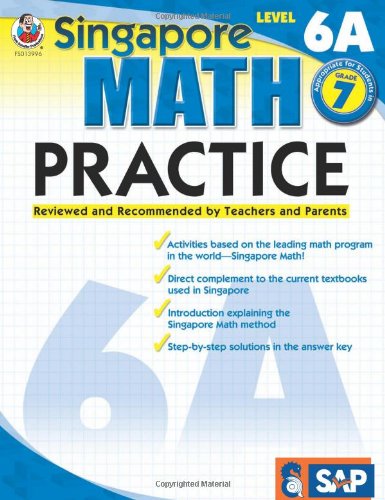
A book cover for Singapore Math Practice, Level 6A, Grade 7; Not Available (NA); Teen & Young Adult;